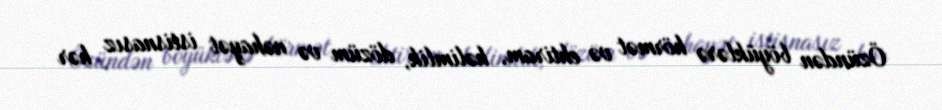
Özündən böyüklərə hörmət və ehtiram, həlimlik, dözüm və nəhayət istisnasız hər